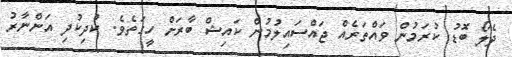
ދެލޯ ބޮޑު ކުރަމުން ވައްތަރެއް ޖައްސައިލުމުން ކައިޝް ބާރަށް ހީގަތެވެ. ކުދިކުދި އަންނާރު